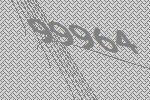
99964